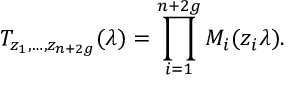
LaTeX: T _ { z _ { 1 } , \dots , z _ { n + 2 g } } ( \lambda ) = \prod _ { i = 1 } ^ { n + 2 g } { M _ { i } ( z _ { i } \lambda ) } .